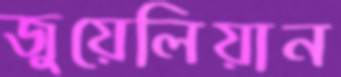
জুয়েলিয়ান